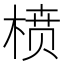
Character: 𰗺